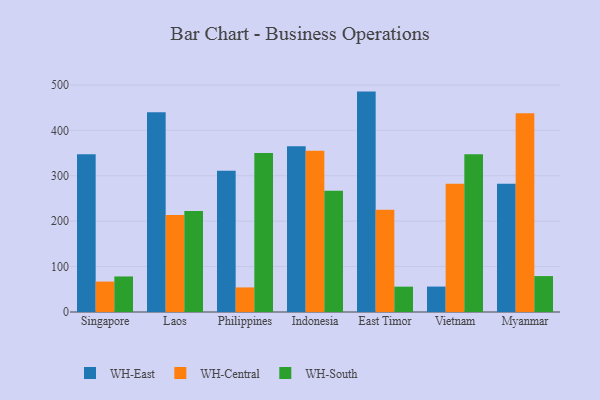
{"axis": {"x": "Country", "y": "Tickets Resolved"}, "legend": ["WH-Central", "WH-East", "WH-South"], "data": [{"x": "Singapore", "y": 347.1, "type": "WH-East"}, {"x": "Singapore", "y": 67.0, "type": "WH-Central"}, {"x": "Singapore", "y": 78.3, "type": "WH-South"}, {"x": "Laos", "y": 439.7, "type": "WH-East"}, {"x": "Laos", "y": 213.5, "type": "WH-Central"}, {"x": "Laos", "y": 222.3, "type": "WH-South"}, {"x": "Philippines", "y": 311.1, "type": "WH-East"}, {"x": "Philippines", "y": 54.1, "type": "WH-Central"}, {"x": "Philippines", "y": 350.1, "type": "WH-South"}, {"x": "Indonesia", "y": 365.0, "type": "WH-East"}, {"x": "Indonesia", "y": 355.0, "type": "WH-Central"}, {"x": "Indonesia", "y": 266.9, "type": "WH-South"}, {"x": "East Timor", "y": 485.3, "type": "WH-East"}, {"x": "East Timor", "y": 225.4, "type": "WH-Central"}, {"x": "East Timor", "y": 55.8, "type": "WH-South"}, {"x": "Vietnam", "y": 56.0, "type": "WH-East"}, {"x": "Vietnam", "y": 282.3, "type": "WH-Central"}, {"x": "Vietnam", "y": 347.4, "type": "WH-South"}, {"x": "Myanmar", "y": 282.3, "type": "WH-East"}, {"x": "Myanmar", "y": 437.7, "type": "WH-Central"}, {"x": "Myanmar", "y": 79.1, "type": "WH-South"}]}